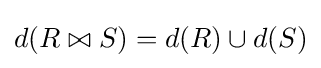
d(R\bowtie S)=d(R)\cup d(S)